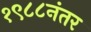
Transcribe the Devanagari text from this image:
१९८८नंतर